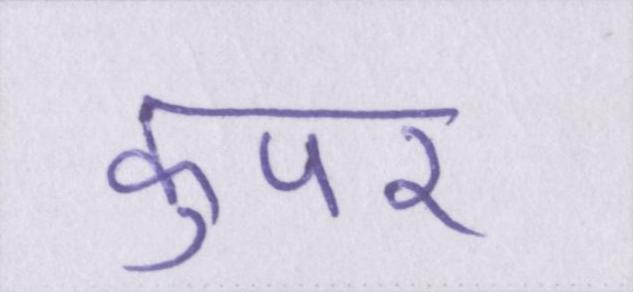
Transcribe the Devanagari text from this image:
कुपर